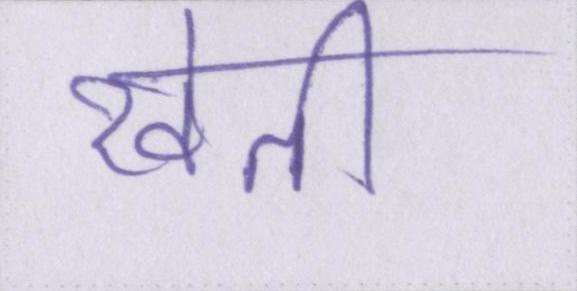
खेती